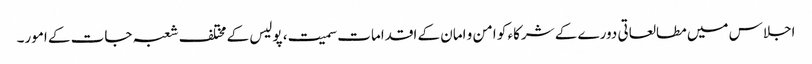
اجلاس میں مطالعاتی دورے کے شرکاء کو امن و امان کے اقدامات سمیت، پولیس کے مختلف شعبہ جات کے امور۔